画像に写った文字を読んでください
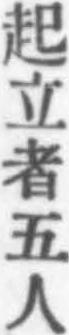
「起立者五人」と書いてあります